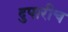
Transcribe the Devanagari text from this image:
दुपारीच